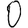
Digit: 0